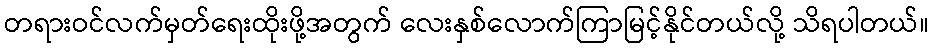
တရားဝင်လက်မှတ်ရေးထိုးဖို့အတွက် လေးနှစ်လောက်ကြာမြင့်နိုင်တယ်လို့ သိရပါတယ်။